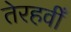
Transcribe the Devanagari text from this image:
तेरहवीँ